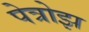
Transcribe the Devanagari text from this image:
पेत्रोझ